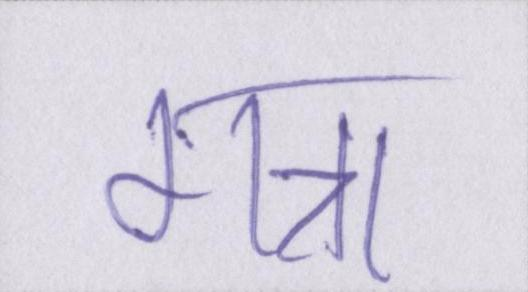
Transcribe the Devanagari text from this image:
गन्ना